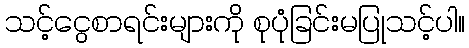
သင့်ငွေစာရင်းများကို စုပုံခြင်းမပြုသင့်ပါ။